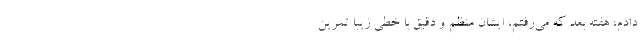
‌دادم، هفته بعد که می‌رفتم‌، ایشان منظم و دقیق با خطی زیبا تمرین‌